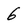
Character: 6